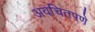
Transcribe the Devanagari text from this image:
अवचितपणे